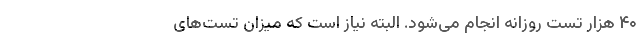
۴۰ هزار تست روزانه انجام می‌شود. البته نیاز است که میزان تست‌های